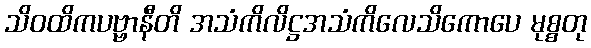
သိဝထိကပဗ္ဗာနီတိ အသံကိလိဋ္ဌအသံကိလေသိကောပေ မုစ္စတု